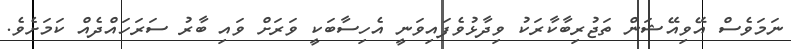
ނަމަވެސް އޭވިއޭޝަން ތަޖުރިބާކާރަކު ވިދާޅުވެފައިވަނީ އެހިސާބަކީ ވަރަށް ވައި ބާރު ސަރަހައްދެއް ކަމަށެވެ.